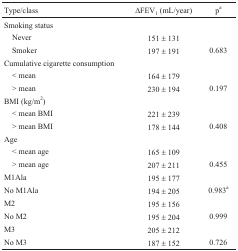
<table><thead><tr><td><b>Type/class</b></td><td><b>ΔFEV<sub>1</sub> (mL/year)</b></td><td><b>p<sup>a</sup></b></td></tr></thead><tbody><tr><td> Smoking status</td><td></td><td></td></tr><tr><td>Never</td><td>151 ± 131</td><td></td></tr><tr><td>Smoker</td><td>197 ± 191</td><td>0.683</td></tr><tr><td>Cumulative cigarette consumption</td><td></td><td></td></tr><tr><td>&lt; mean</td><td>164 ± 179</td><td></td></tr><tr><td>&gt; mean</td><td>230 ± 194</td><td>0.197</td></tr><tr><td>BMI (kg/m<sup>2</sup>)</td><td></td><td></td></tr><tr><td>&lt; mean BMI</td><td>221 ± 239</td><td></td></tr><tr><td>&gt; mean BMI</td><td>178 ± 144</td><td>0.408</td></tr><tr><td>Age</td><td></td><td></td></tr><tr><td>&lt; mean age</td><td>165 ± 109</td><td></td></tr><tr><td>&gt; mean age</td><td>207 ± 211</td><td>0.455</td></tr><tr><td>M1Ala</td><td>195 ± 177</td><td></td></tr><tr><td>No M1Ala</td><td>194 ± 205</td><td>0.983<sup>a</sup></td></tr><tr><td>M2</td><td>195 ± 156</td><td></td></tr><tr><td>No M2</td><td>195 ± 204</td><td>0.999</td></tr><tr><td>M3</td><td>205 ± 212</td><td></td></tr><tr><td>No M3</td><td>187 ± 152</td><td>0.726</td></tr></tbody></table>